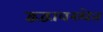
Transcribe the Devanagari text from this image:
द्वंद्वावस्थेत